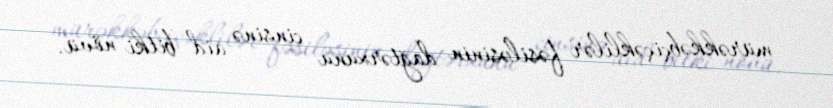
mürəkkəbçiçəklilər fəsiləsinin dağtərxunu cinsinə aid bitki növü.